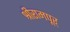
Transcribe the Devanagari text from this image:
श्रीरामपूर्